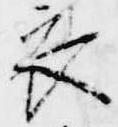
衣